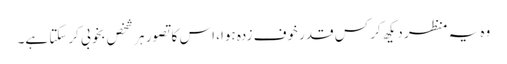
وہ یہ منظر دیکھ کر کس قدر خوف زدہ ہوا، اس کا تصور ہر شخص بخوبی کرسکتا ہے۔